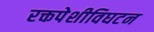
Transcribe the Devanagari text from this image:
रक्तपेशीविघटन